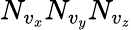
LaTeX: N_{v_{x}}N_{v_{y}}N_{v_{z}}